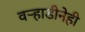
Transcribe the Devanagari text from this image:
वऱ्हाडीनेही